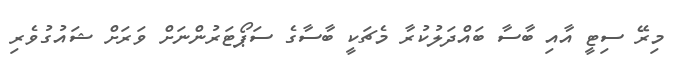
މިރޭ ސިޓީ އާއި ބާސާ ބައްދަލުކުރާ މެޗަކީ ބާސާގެ ސަޕޯޓަރުންނަށް ވަރަށް ޝައުގުވެރި